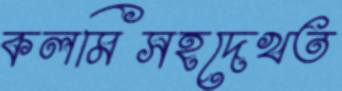
কলমিসহদেখত